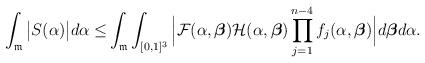
LaTeX: \begin{align*} \int_{\mathfrak{m}}\big|S(\alpha)\big|d\alpha\le& \int_{\mathfrak{m}}\int_{[0,1]^3}\Big|\mathcal{F}(\alpha,\boldsymbol{\beta})\mathcal{H}(\alpha,\boldsymbol{\beta}) \prod_{j=1}^{n-4}f_j(\alpha,\boldsymbol{\beta})\Big|d\boldsymbol{\beta}d\alpha.\end{align*}